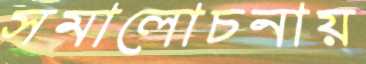
সমালোচনায়